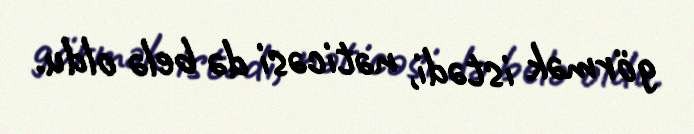
görmək istədi, nəticəsi də belə oldu.